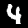
Digit: 4